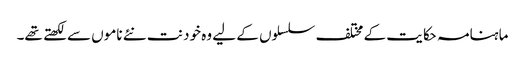
ماہنامہ حکایت کے مختلف سلسلوں کے لیے وہ خود نت نئے ناموں سے لکھتے تھے۔